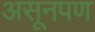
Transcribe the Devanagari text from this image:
असूनपण